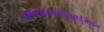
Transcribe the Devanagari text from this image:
आफ्टरहाइपरपोलराईजेशन